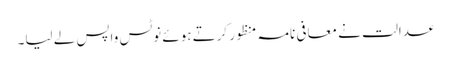
عدالت نے معافی نامہ منظور کرتے ہوئے نوٹس واپس لے لیا۔